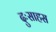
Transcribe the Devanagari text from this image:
दुःसाहस